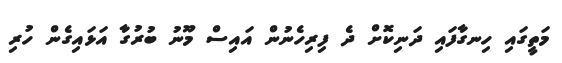
މަތީގައި ހިނގާފައި ދަނިކޮށް ދެ ފިރިހެނުން އައިސް މޫނު ބުރުގާ އަޅައިގެން ހުރި